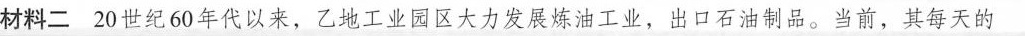
材料二20世纪60年代以来，乙地工业园区大力发展炼油工业，出口石油制品。当前，其每天的